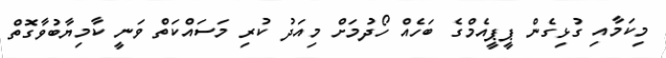
މިކަމާއި ގުޅިގެން ޕީޕީއެމްގެ ބަހެއް ހޯދުމަށް މިއަދު ކުރި މަސައްކަތް ވަނީ ކާމިޔާބުވާގޮތް